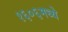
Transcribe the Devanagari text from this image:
१६०६मध्ये